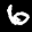
Label: 6